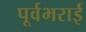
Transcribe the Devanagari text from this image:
पूर्वभराई